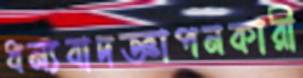
ধন্যবাদজ্ঞাপনকারী